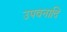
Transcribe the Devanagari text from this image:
उपवनादि